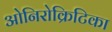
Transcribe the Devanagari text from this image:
ओनिरोक्रिटिका